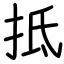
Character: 抵